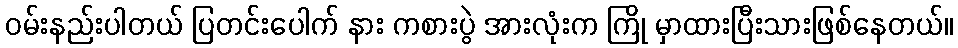
ဝမ်းနည်းပါတယ် ပြတင်းပေါက် နား ကစားပွဲ အားလုံးက ကြို မှာထားပြီးသားဖြစ်နေတယ်။